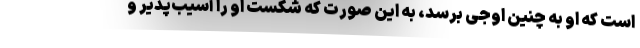
است که او به چنین اوجی برسد، به این صورت که شکست او را آسیب‌پذیر و